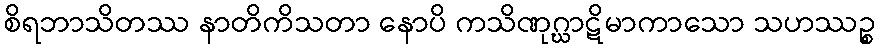
စိရဘာသိတဿ နာတိကိသတာ နောပိ ကသိဏုဂ္ဃာဋိမာကာသော သဟဿဉ္စ